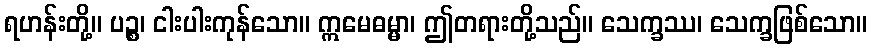
ရဟန်းတို့။ ပဉ္စ၊ ငါးပါးကုန်သော။ ဣမေဓမ္မာ၊ ဤတရားတို့သည်။ သေက္ခဿ၊ သေက္ခဖြစ်သော။